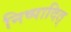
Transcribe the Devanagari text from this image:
निष्पादित्